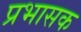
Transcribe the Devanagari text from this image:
प्रभासक